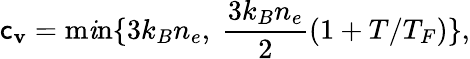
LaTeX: \mathsf{c}_{\mathbf{v}}=\operatorname*{m\mathit{i}n}\{ 3k_{B}n_{e},\ \frac{{3k_{B}n_{e}}}{{2}}(1+T/T_{F})\} ,